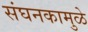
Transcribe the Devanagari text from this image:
संघनकामुळे